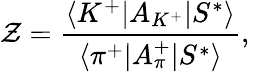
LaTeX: \mathcal{Z}={\frac{{\langle{K^{+}|A_{K^{+}}|S^{*}}\rangle}}{{\langle{\pi^{+}|A_{\pi}^{+}|S^{*}}\rangle}}},\,